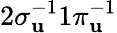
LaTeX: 2\sigma_{\mathbf{u}}^{-1}1\pi_{\mathbf{u}}^{-1}